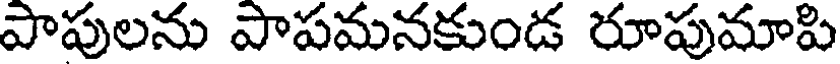
పాపులను పాపమనకుండ రూపుమాపి